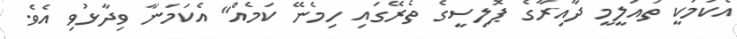
އެކަމަކީ ތައުލީމީ ދާއިރާގެ ޕޮލިސީގެ ތެރޭގައި ހިމެނޭ ކަމެއް" އެކަމަނާ ވިދާޅުވި އެވެ.